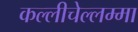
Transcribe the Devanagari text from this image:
कल्लीचेल्लम्मा